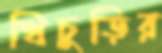
খিচুড়ির